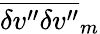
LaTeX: \overline{{{\delta v^{\prime\prime}\delta v^{\prime\prime}}}}_{m}